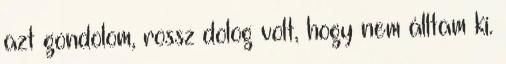
azt gondolom, rossz dolog volt, hogy nem álltam ki.